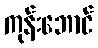
ကုန်းဘောင်